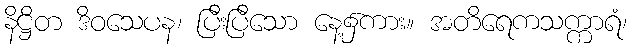
နိဋ္ဌိတ ဒိဝသေပန၊ ပြီးပြီသော နေ့၌ကား။ အတိရေကသက္ကာရံ၊